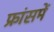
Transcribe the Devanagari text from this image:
फ्रांसमें